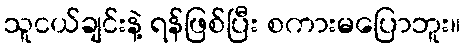
သူငယ်ချင်းနဲ့ ရန်ဖြစ်ပြီး စကားမပြောဘူး။